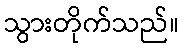
သွားတိုက်သည်။